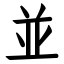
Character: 並